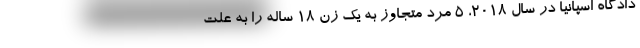
دادگاه اسپانیا در سال 2018، 5 مرد متجاوز به یک زن ۱۸ ساله‌ را به علت